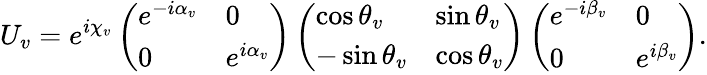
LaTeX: U_{v}=e^{i\chi_{v}}\left(\begin{array}{ll}{{e^{-i\alpha_{v}}}}&{{0}}\\ {{0}}&{{e^{i\alpha_{v}}}}\end{array}\right)\left(\begin{array}{ll}{{\cos\theta_{v}}}&{{\sin\theta_{v}}}\\ {{-\sin\theta_{v}}}&{{\cos\theta_{v}}}\end{array}\right)\left(\begin{array}{ll}{{e^{-i\beta_{v}}}}&{{0}}\\ {{0}}&{{e^{i\beta_{v}}}}\end{array}\right).